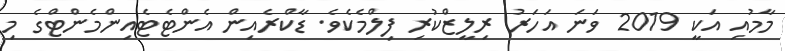
މާމުއި އަކީ 2019 ވަނަ އަހަރު ރިލީޒްކުރި ފިލްމެކެވެ. ޑާކްރެއިން އެންޓެޓެއިންމެންޓްގެ މި